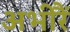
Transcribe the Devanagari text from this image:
अभीरैं